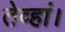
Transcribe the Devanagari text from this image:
तेव्हां।